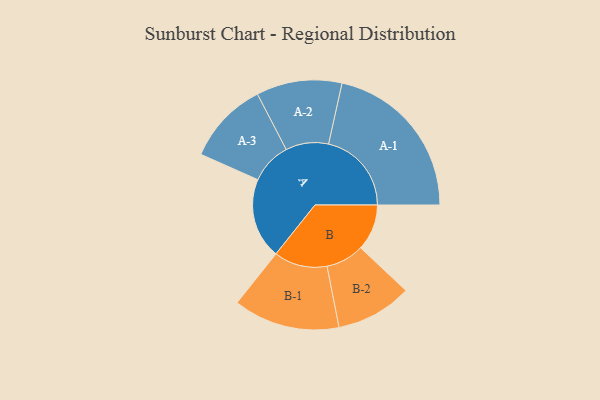
{"axis": {"x": "Segment", "y": "Value"}, "legend": ["", "A", "B"], "data": [{"x": "A", "y": 277, "type": ""}, {"x": "B", "y": 159, "type": ""}, {"x": "A-1", "y": 285, "type": "A"}, {"x": "A-2", "y": 147, "type": "A"}, {"x": "A-3", "y": 142, "type": "A"}, {"x": "B-1", "y": 183, "type": "B"}, {"x": "B-2", "y": 131, "type": "B"}]}